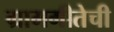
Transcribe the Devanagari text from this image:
ग्रामगीतेची